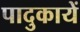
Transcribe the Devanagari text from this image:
पादुकायें